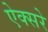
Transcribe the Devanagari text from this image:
ऐक्सरे